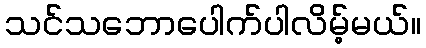
သင်သဘောပေါက်ပါလိမ့်မယ်။